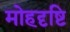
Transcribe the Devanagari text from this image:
मोहदृष्टि